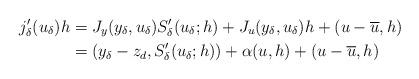
LaTeX: \begin{align*} j_\delta ' (u_\delta)h &=J_y (y_\delta, u_\delta )S_\delta '(u_\delta;h)+J_u (y_\delta, u_\delta)h+(u-\overline{u},h) \\ &=(y_\delta -z_d ,S_\delta '(u_\delta;h)) + \alpha (u,h)+(u-\overline{u},h) \end{align*}